Insane asylums Bombay 1873-77 - 1873-1877
Year: 1873
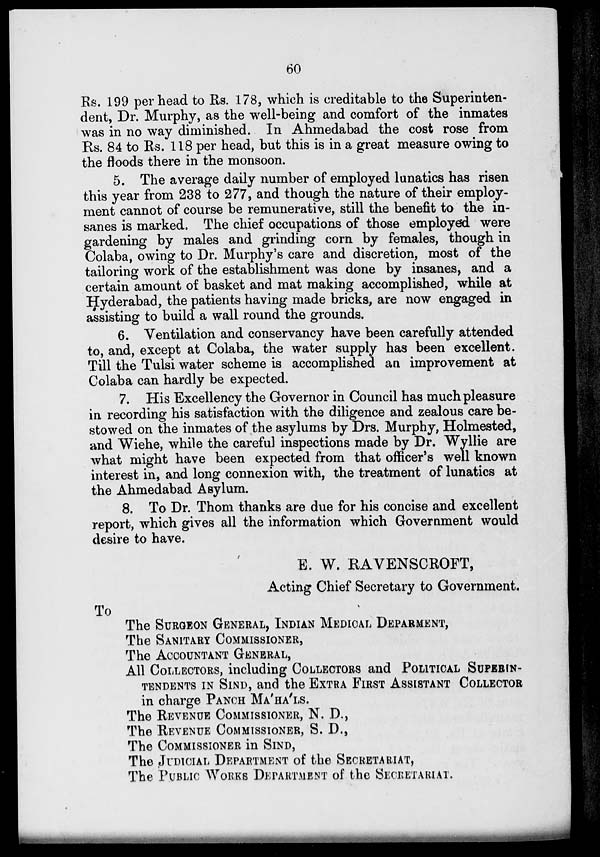
60
Rs. 199 per head to Rs. 178, which is creditable to the Superinten-
dent, Dr. Murphy, as the well-being and comfort of the inmates
was in no way diminished. In Ahmedabad the cost rose from
Rs. 84 to Rs. 118 per head, but this is in a great measure owing to
the floods there in the monsoon.
5. The average daily number of employed lunatics has risen
this year from 238 to 277, and though the nature of their employ-
ment cannot of course be remunerative, still the benefit to the in-
sanes is marked. The chief occupations of those employed were
gardening by males and grinding corn by females, though in
Colaba, owing to Dr. Murphy's care and discretion, most of the
tailoring work of the establishment was done by insanes, and a
certain amount of basket and mat making accomplished, while at
Hyderabad, the patients having made bricks, are now engaged in
assisting to build a wall round the grounds.
6. Ventilation and conservancy have been carefully attended
to, and, except at Colaba, the water supply has been excellent.
Till the Tulsi water scheme is accomplished an improvement at
Colaba can hardly be expected.
7. His Excellency the Governor in Council has much pleasure
in recording his satisfaction with the diligence and zealous care be-
stowed on the inmates of the asylums by Drs. Murphy, Holmested,
and Wiehe, while the careful inspections made by Dr. Wyllie are
what might have been expected from that officer's well known
interest in, and long connexion with, the treatment of lunatics at
the Ahmedabad Asylum.
8. To Dr. Thom thanks are due for his concise and excellent
report, which gives all the information which Government would
desire to have.
E. W. RAVENSCROFT,
Acting Chief Secretary to Government.
To
The SURGEON GENERAL, INDIAN MEDICAL DEPARMENT,
The SANITARY COMMISSIONER,
The ACCOUNTANT GENERAL,
All COLLECTORS, including COLLECTORS and POLITICAL SUPERIN-
TENDENTS IN SIND, and the EXTRA FIRST ASSISTANT COLLECTOR
in charge PANCH MA'HA'LS.
The REVENUE COMMISSIONER, N. D.,
The REVENUE COMMISSIONER, S. D.,
The COMMISSIONER in SIND,
The JUDICIAL DEPARTMENT of the SECRETARIAT,
The PUBLIC WORKS DEPARTMENT of the SECRETARIAT.